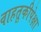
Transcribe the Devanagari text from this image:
वाहतूकीपेक्षा